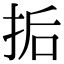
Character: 㧨